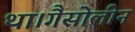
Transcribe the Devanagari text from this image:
था।गैसोलीन